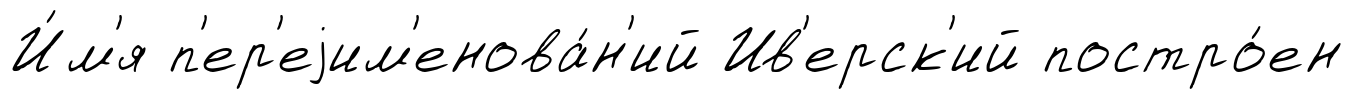
И́м'я п'ер'еjим'енова́н'ий Ив'ерск'ий постро́ен